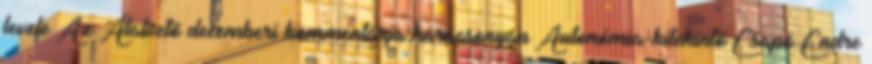
levele Az Átalvetõ decemberi kommentárja karácsonyán Autonómia-kitekintõ Csapó Endre